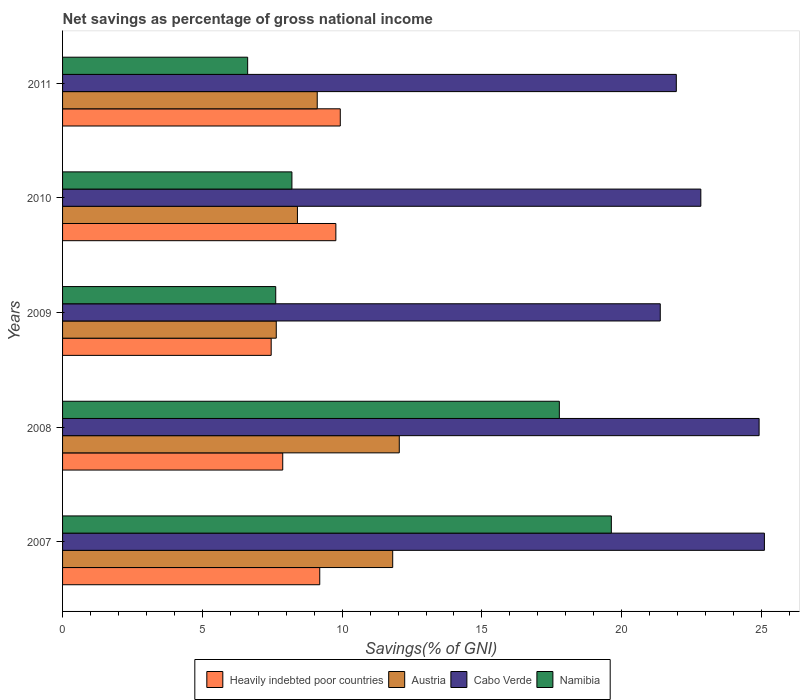
| Years | Heavily indebted poor countries | Austria | Cabo Verde | Namibia |
 | --- | --- | --- | --- | --- |
 | 2007 | 9.2 | 11.8 | 25.1 | 19.6 |
 | 2008 | 7.87 | 12 | 24.9 | 17.8 |
 | 2009 | 7.46 | 7.64 | 21.4 | 7.62 |
 | 2010 | 9.78 | 8.4 | 22.8 | 8.2 |
 | 2011 | 9.93 | 9.11 | 22 | 6.62 |